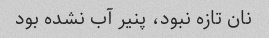
نان تازه نبود، پنیر آب نشده بود